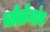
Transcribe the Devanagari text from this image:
चोळेगांव